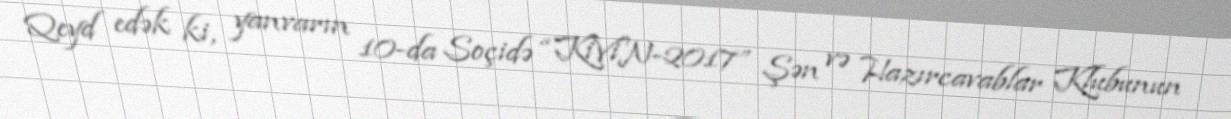
Qeyd edək ki, yanvarın 10-da Soçidə “KiViN-2017” Şən və Hazırcavablar Klubunun